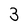
Character: 3